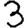
Digit: 3